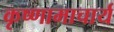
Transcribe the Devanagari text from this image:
कृष्णामाचार्य